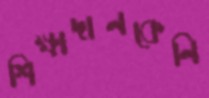
শিক্ষাদানকেনি